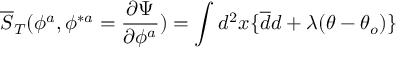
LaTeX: \overline { { S } } _ { T } ( \phi ^ { a } , \phi ^ { \ast a } = { \frac { \partial \Psi } { \partial \phi ^ { a } } } ) = \int d ^ { 2 } x \{ \overline { { d } } d + \lambda ( \theta - \theta _ { o } ) \}